Civil Veterinary Department. Central Provinces & Berar 1932-41 - 1932-1941
Year: 1932
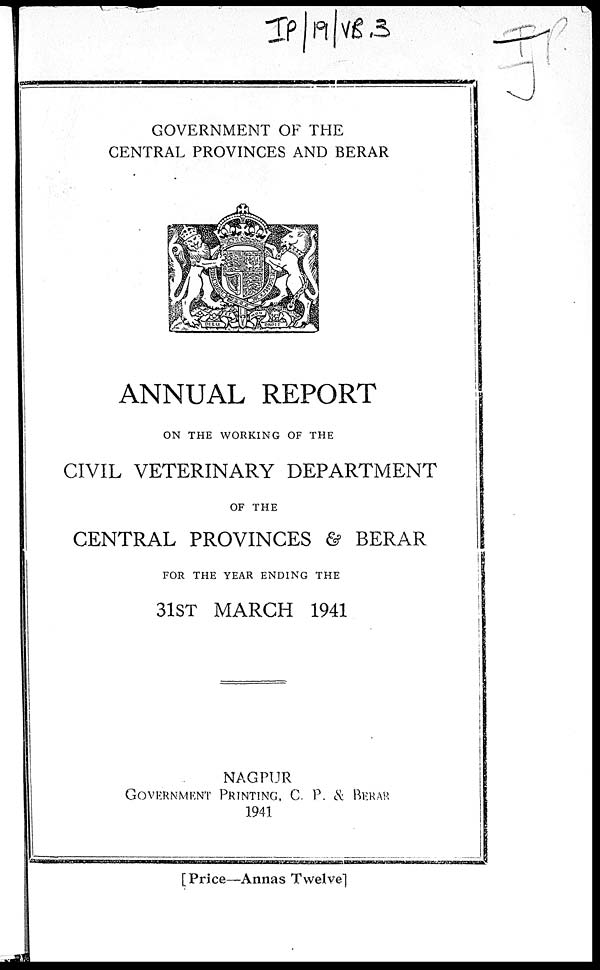
GOVERNMENT OF THE
CENTRAL PROVINCES AND BERAR
ANNUAL REPORT
ON THE WORKING OF THE
CIVIL VETERINARY DEPARTMENT
OF THE
CENTRAL PROVINCES & BERAR
FOR THE YEAR ENDING THE
31ST MARCH 1941
NAGPUR
GOVERNMENT PRINTING, C. P. & BERAR
1941
[Price—Annas Twelve]